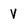
Character: V